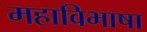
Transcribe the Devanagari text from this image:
महाविभाषा